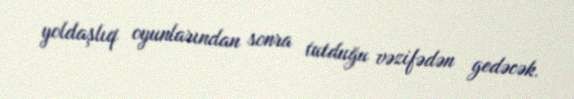
yoldaşlıq oyunlarından sonra tutduğu vəzifədən gedəcək.